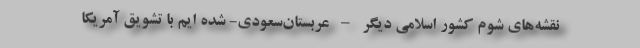
نقشه‌های شوم کشور اسلامی دیگر – عربستان‌سعودی- شده ایم با تشویق آمریکا